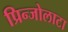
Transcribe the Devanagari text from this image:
प्रिन्जोलाटा